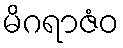
မိဂရာဇံဝ